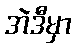
အဲဒီမှာ